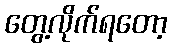
တွေ့လိုက်ရတော့